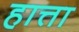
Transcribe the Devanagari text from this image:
हात्ता